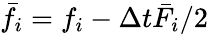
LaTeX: {\bar{f}_{i}}={f_{i}}-\Delta t{\bar{F}_{i}}/2